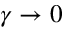
\gamma \rightarrow 0